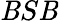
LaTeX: \mathit{B}S\mathit{B}